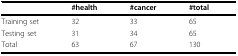
|  | #health | #cancer | #total |
 | --- | --- | --- | --- |
 | Training set | 32 | 33 | 65 |
 | Testing set | 31 | 34 | 65 |
 | Total | 63 | 67 | 130 |